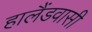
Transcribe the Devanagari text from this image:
हालैंडवासी